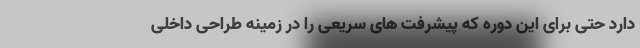
دارد حتی برای این دوره که پیشرفت های سریعی را در زمینه طراحی داخلی